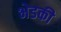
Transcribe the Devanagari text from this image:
भेडकी